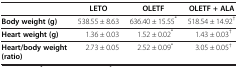
|  | LETO | OLETF | OLETF + ALA |
 | --- | --- | --- | --- |
 | Body weight (g) | 538.55 ± 8.63 | 636.40 ± 15.55* | 518.54 ± 14.92† |
 | Heart weight (g) | 1.36 ± 0.03 | 1.52 ± 0.02* | 1.43 ± 0.03† |
 | Heart/body weight (ratio) | 2.73 ± 0.05 | 2.52 ± 0.09* | 3.05 ± 0.05† |